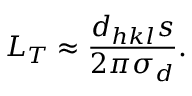
L _ { T } \approx \frac { d _ { h k l } s } { 2 \pi \sigma _ { d } } .